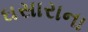
ઘસારાના